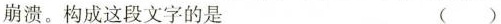
崩溃。构成这段文字的是 ( )